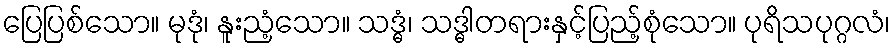
ပြေပြစ်သော။ မုဒုံ၊ နူးညံ့သော။ သဒ္ဓံ၊ သဒ္ဓါတရားနှင့်ပြည့်စုံသော။ ပုရိသပုဂ္ဂလံ၊